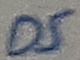
Text: D5